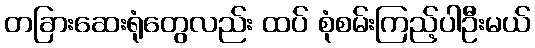
တခြားဆေးရုံတွေလည်း ထပ် စုံစမ်းကြည့်ပါဦးမယ်